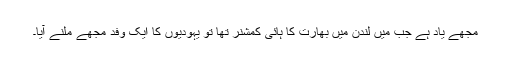
مجھے یاد ہے جب میں لندن میں بھارت کا ہائی کمشنر تھا تو یہودیوں کا ایک وفد مجھے ملنے آیا۔